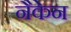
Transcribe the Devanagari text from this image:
नैकेन